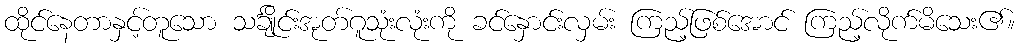
ထိုင်နေတာနှင့်တူသော သင်္ချိုင်းအုတ်ဂူသုံးလုံးကို ခင်နှောင်းလှမ်း ကြည့်ဖြစ်အောင် ကြည့်လိုက်မိသေး၏။